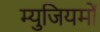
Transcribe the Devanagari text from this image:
म्युजियमों